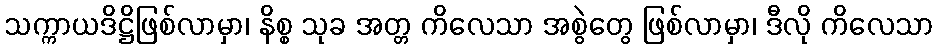
သက္ကာယဒိဋ္ဌိဖြစ်လာမှာ၊ နိစ္စ သုခ အတ္တ ကိလေသာ အစွဲတွေ ဖြစ်လာမှာ၊ ဒီလို ကိလေသာ